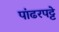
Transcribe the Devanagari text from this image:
पांढरपट्टे